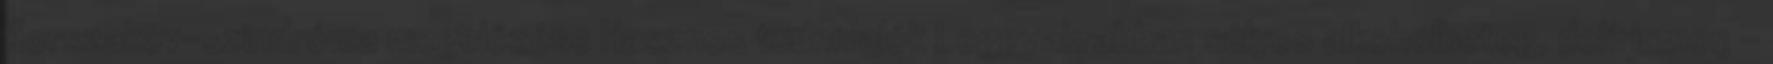
Korszakov-szindróma megelőzése Hasznos tudnivalók Leggyakrabban súlyos alkoholbeteg, delíriumon -